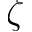
\zeta